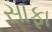
સાફા